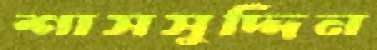
শাসসুদ্দিন